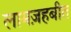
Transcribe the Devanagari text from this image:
लामज़हबीत